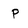
Character: P